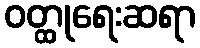
ဝတ္ထုရေးဆရာ